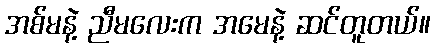
အစ်မနဲ့ ညီမလေးက အမေနဲ့ ဆင်တူတယ်။